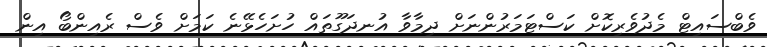
ވެބްސައިޓް މެދުވެރިކޮށް ކަސްޓަމަރުންނަށް ދިމާވާ އުނދަގޫތައް ހުށަހެޅޭނެ ކަމަށް ވެސް ރެއިންބޯ އިން